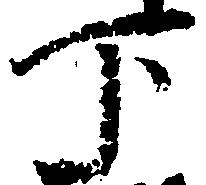
下